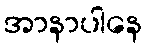
အာနာပါနေ